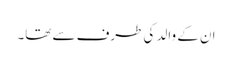
ان کے والد کی طرف سے تھا۔